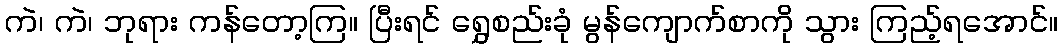
ကဲ၊ ကဲ၊ ဘုရား ကန်တော့ကြ။ ပြီးရင် ရွှေစည်းခုံ မွန်ကျောက်စာကို သွား ကြည့်ရအောင်။